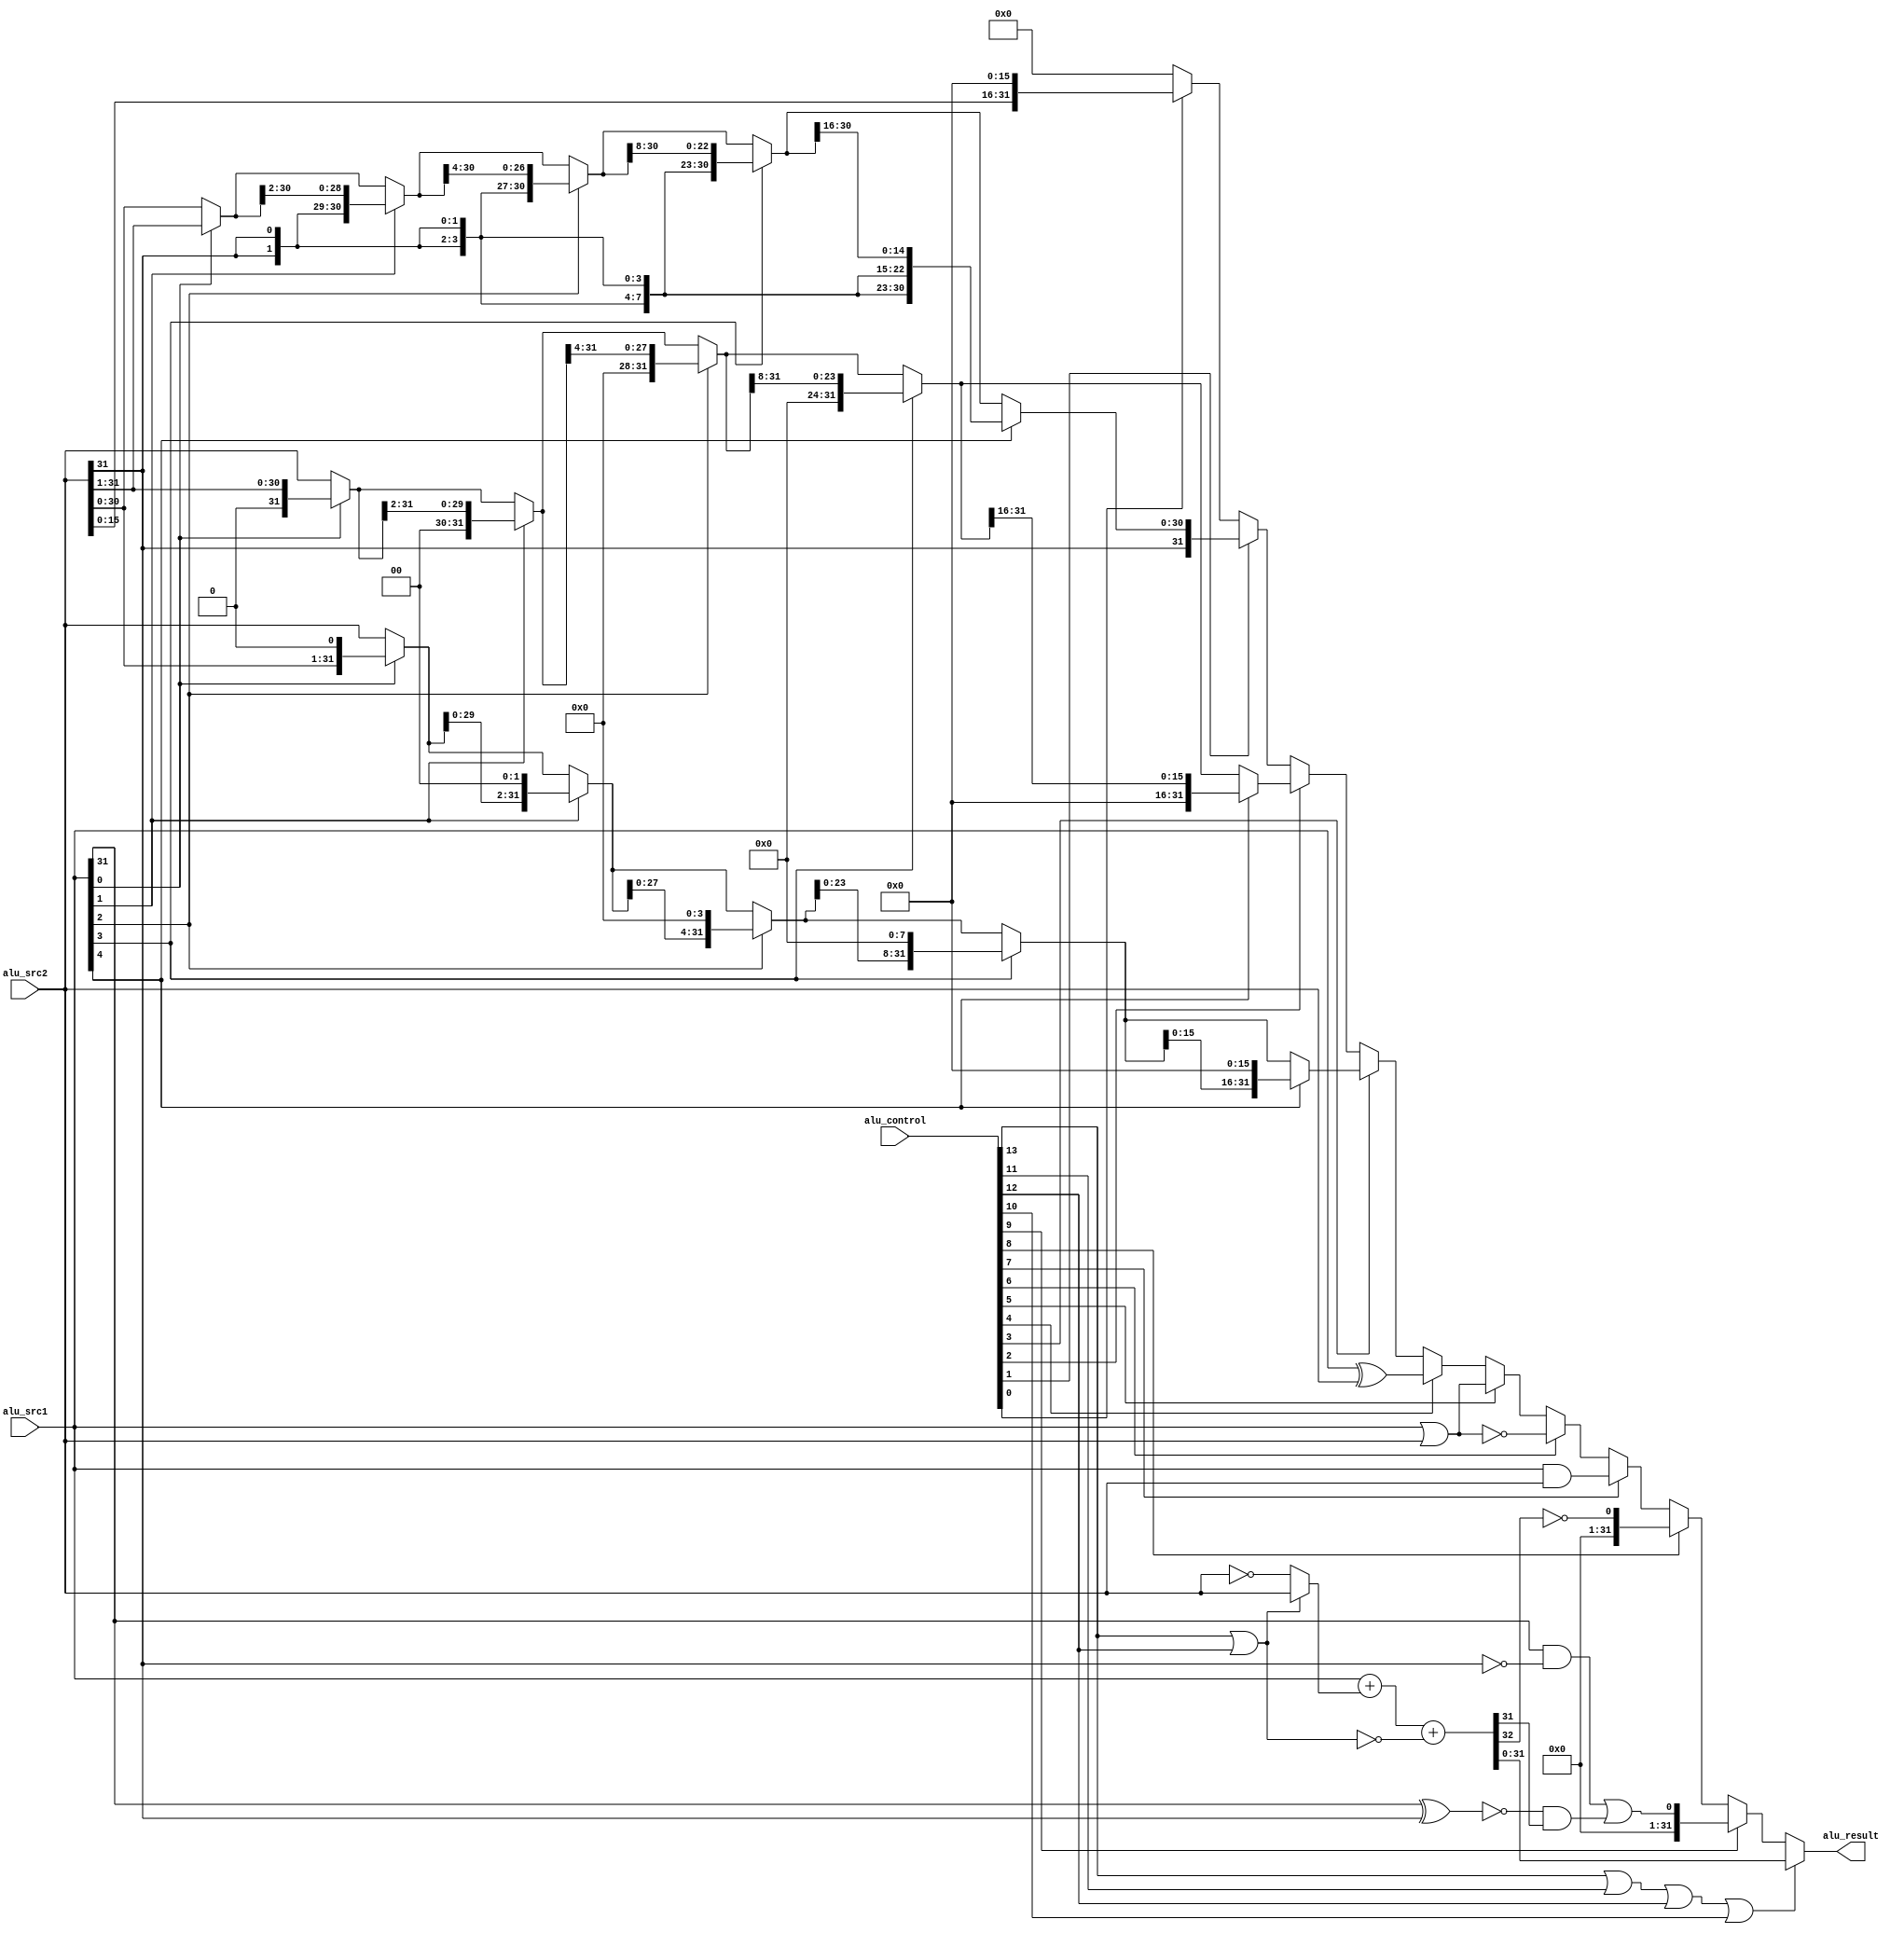
`timescale 1ns / 1ps

module alu(
    input  [13:0] alu_control,  
    input  [31:0] alu_src1,     
    input  [31:0] alu_src2,     
    output [31:0] alu_result    
    );


    wire alu_add; 
    wire alu_addu;  
    wire alu_sub;   
    wire alu_subu;  
    wire alu_slt;  
    wire alu_sltu;  
    wire alu_and; 
    wire alu_nor;   
    wire alu_or;   
    wire alu_xor;   
    wire alu_sll;   
    wire alu_srl;   
    wire alu_sra;   
    wire alu_lui;  

    assign {alu_add,
           alu_addu,
           alu_sub,
           alu_subu,
           alu_slt,
           alu_sltu,
           alu_and,
           alu_nor,
           alu_or,
           alu_xor,
           alu_sll,
           alu_srl,
           alu_sra,
           alu_lui}  = alu_control;

    wire [31:0] slt_result;
    wire [31:0] sltu_result;
    wire [31:0] and_result;
    wire [31:0] nor_result;
    wire [31:0] or_result;
    wire [31:0] xor_result;
    wire [31:0] sll_result;
    wire [31:0] srl_result;
    wire [31:0] sra_result;
    wire [31:0] lui_result;

    assign and_result = alu_src1 & alu_src2;      
    assign or_result  = alu_src1 | alu_src2;      
    assign nor_result = ~or_result;              
    assign xor_result = alu_src1 ^ alu_src2;     
    assign lui_result = {alu_src2[15:0], 16'd0};  


    wire [31:0] adder_op1;
    wire [31:0] adder_op2;
    wire        adder_cin     ;
    wire [31:0] adder_result  ;
    wire        adder_cout    ;
    assign adder_op1 = alu_src1; 
    assign adder_op2 = (alu_add|alu_addu) ? alu_src2 : ~alu_src2; 
    assign adder_cin      = ~(alu_add|alu_addu); 
    assign {adder_cout,adder_result} = adder_op1 + adder_op2 + adder_cin;


    assign slt_result[31:1] = 31'd0;
    assign slt_result[0]    = (alu_src1[31] & ~alu_src2[31]) | (~(alu_src1[31]^alu_src2[31]) & adder_result[31]);


    assign sltu_result = {31'd0, ~adder_cout};

    wire [4:0] shf;
    assign shf = alu_src1[4:0];
    wire [1:0] shf_1_0;
    wire [1:0] shf_3_2;
    assign shf_1_0 = shf[1:0];
    assign shf_3_2 = shf[3:2];
    

    wire [31:0] sll_step1;
    wire [31:0] sll_step2;
    wire [31:0] sll_step3;
    wire [31:0] sll_step4;
    assign sll_step1 = alu_src1[0]?{alu_src2[30:0], 1'd0} : alu_src2   ;              

    assign sll_step2 = alu_src1[1]?{sll_step1[29:0], 2'd0} : sll_step1   ;                

    assign sll_step3 = alu_src1[2]?{sll_step2[27:0], 4'd0} : sll_step2   ;
    assign sll_step4 = alu_src1[3]?{sll_step3[23:0], 8'd0} : sll_step3   ;
    assign sll_result = alu_src1[4]?{sll_step4[15:0], 16'd0} : sll_step4;    


    wire [31:0] srl_step1;
    wire [31:0] srl_step2;
    wire [31:0] srl_step3;
    wire [31:0] srl_step4;
    assign srl_step1 = alu_src1[0]?{1'd0,alu_src2[31:1]} : alu_src2   ;              
                
    assign srl_step2 = alu_src1[1]?{2'd0,srl_step1[31:2]} : srl_step1   ;                
          
    assign srl_step3 = alu_src1[2]?{4'd0,srl_step2[31:4]} : srl_step2   ;
    assign srl_step4 = alu_src1[3]?{8'd0,srl_step3[31:8]} : srl_step3   ;
    assign srl_result = alu_src1[4]?{16'd0,srl_step4[31:16]} : srl_step4;
  
    wire [31:0] sra_step1;
    wire [31:0] sra_step2;
    wire [31:0] sra_step3;
    wire [31:0] sra_step4;
    assign sra_step1 = alu_src1[0]?{alu_src2[31],alu_src2[31:1]} : alu_src2   ;  
    assign sra_step2 = alu_src1[1]?{{2{alu_src2[31]}},sra_step1[31:2]} : sra_step1   ;                   
                  
    assign sra_step3 = alu_src1[2]?{{4{alu_src2[31]}},sra_step2[31:4]} : sra_step2   ;
    assign sra_step4 = alu_src1[3]?{{8{alu_src2[31]}},sra_step3[31:8]} : sra_step3   ;
    assign sra_result = alu_src1[4]?{{16{alu_src2[31]}},sra_step4[31:16]} : sra_step4 ;
    
   
    assign alu_result = (alu_add|alu_sub|alu_addu|alu_subu) ? adder_result[31:0] : 
                        alu_slt           ? slt_result :
                        alu_sltu          ? sltu_result :
                        alu_and           ? and_result :
                        alu_nor           ? nor_result :
                        alu_or            ? or_result  :
                        alu_xor           ? xor_result :
                        alu_sll           ? sll_result :
                        alu_srl           ? srl_result :
                        alu_sra           ? sra_result :
                        alu_lui           ? lui_result :
                        32'd0;
endmodule